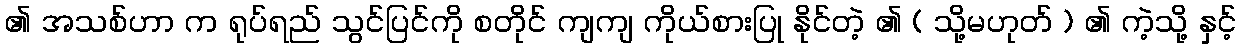
၏ အသစ်ဟာ က ရုပ်ရည် သွင်ပြင်ကို စတိုင် ကျကျ ကိုယ်စားပြု နိုင်တဲ့ ၏ ( သို့မဟုတ် ) ၏ ကဲ့သို့ နှင့်